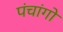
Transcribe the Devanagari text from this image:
पंचांगो